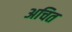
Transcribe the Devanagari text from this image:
अचित